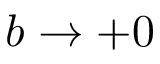
b \rightarrow + 0